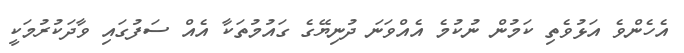
އެހެންވެ އަޅުވެތި ކަމުން ނުކުމެ އެއްވަނަ ދުނިޔޭގެ ގައުމުތަކާ އެއް ސަފުގައި ވާދަކުރުމަކީ